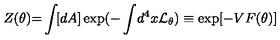
Z ( \theta ) { = } \int \! [ d A ] \exp ( { - } \int \! d ^ { 4 } x { \cal L } _ { \theta } ) \equiv \exp [ - V F ( \theta ) ]